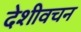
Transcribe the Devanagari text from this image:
देशीवचन